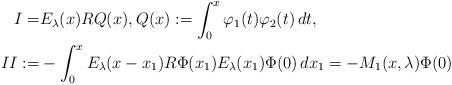
LaTeX: \begin{align*}I=& E_\lambda(x) R Q(x),Q(x):= \int_0^x \varphi_1(t)\varphi_2(t)\,dt,\\II:= & -\int_0^xE_{\lambda}(x-x_1)R \Phi(x_1) E_\lambda(x_1)\Phi(0)\,dx_1 = -M_1(x,\lambda)\Phi(0)\end{align*}